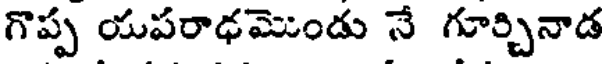
గొప్ప యపరాఢమొండు నే గూర్చినాడ